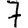
Digit: 7